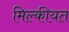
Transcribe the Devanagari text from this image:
मिल्कीयत